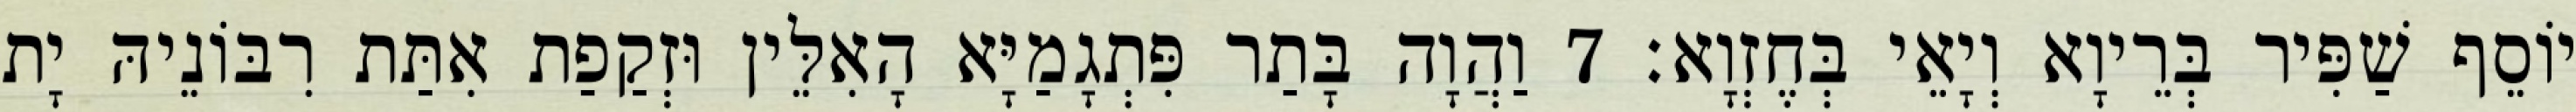
יוֹסֵף שַׁפִּיר בְּרֵיוָא וְיָאֵי בְּחֶזְוָא׃ 7 וַהֲוָה בָּתַר פִּתְגָמַיָּא הָאִלֵּין וּזְקַפַת אִתַּת רִבּוֹנֵיהּ יָת